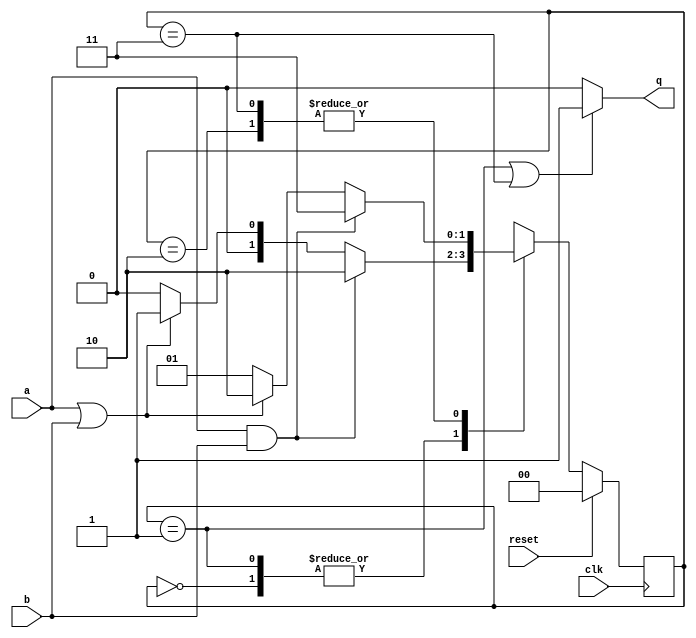
module bitserialadd(input  clk,
                    input  reset,
                    input  a,
                    input  b,
                    output q);

  // symbolic state assignment
  // ie. the numbers are used for RTL simulation purposes
  // but the actual synthesis result may use something different
  localparam S0 = 0, S1 = 1, S2 = 2, S3 = 3;    

   // state register
   // syn_encoding a synthesis attribute. 
   // It specifies the state encoding to be used for synthesis
  (* syn_encoding = "default" *) reg [1:0] state, statenext;

  // register
  always @(posedge clk)
   begin
    if (reset)       // synchronous reset
      state <= S0;   // initial state
    else
      state <= statenext;
   end

   

  // next-state logic
  always @(*)
   begin
   statenext = state;  // always add a default assignment
   case (state)
     S0,S1: begin
     	    if (a & b)
     	      statenext = S2;
     	    else if (a | b)
     	      statenext = S1;
     	    else 
     	      statenext = S0;
         end
     S2,S3: begin
     	    if (a & b)
     	      statenext = S3;
     	    else if (a | b)
     	      statenext = S2;
     	    else 
     	      statenext = S1;
            end
     default:         // always add a default (safe) case
            statenext = S0;
     endcase
   end
      
   // output function
   assign q = ((state == S1) || (state == S3)) ? 1'b1 : 1'b0;

endmodule